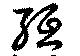
絙